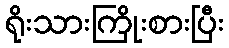
ရိုးသားကြိုးစားပြီး